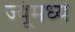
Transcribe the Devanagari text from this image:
ज्यूंमध्ये